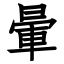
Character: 暈